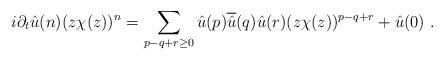
LaTeX: \begin{align*} i\partial_t \hat{u}(n)(z\chi(z))^n=\sum\limits_{p-q+r\geq0}\hat{u}(p)\overline{\hat{u}}(q)\hat{u}(r)(z\chi(z))^{p-q+r}+\hat{u}(0)\ . \end{align*}